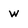
Character: W